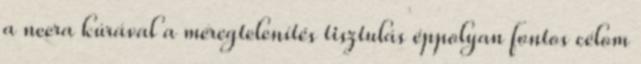
a neera kúrával a méregtelenítés tisztulás éppolyan fontos célom